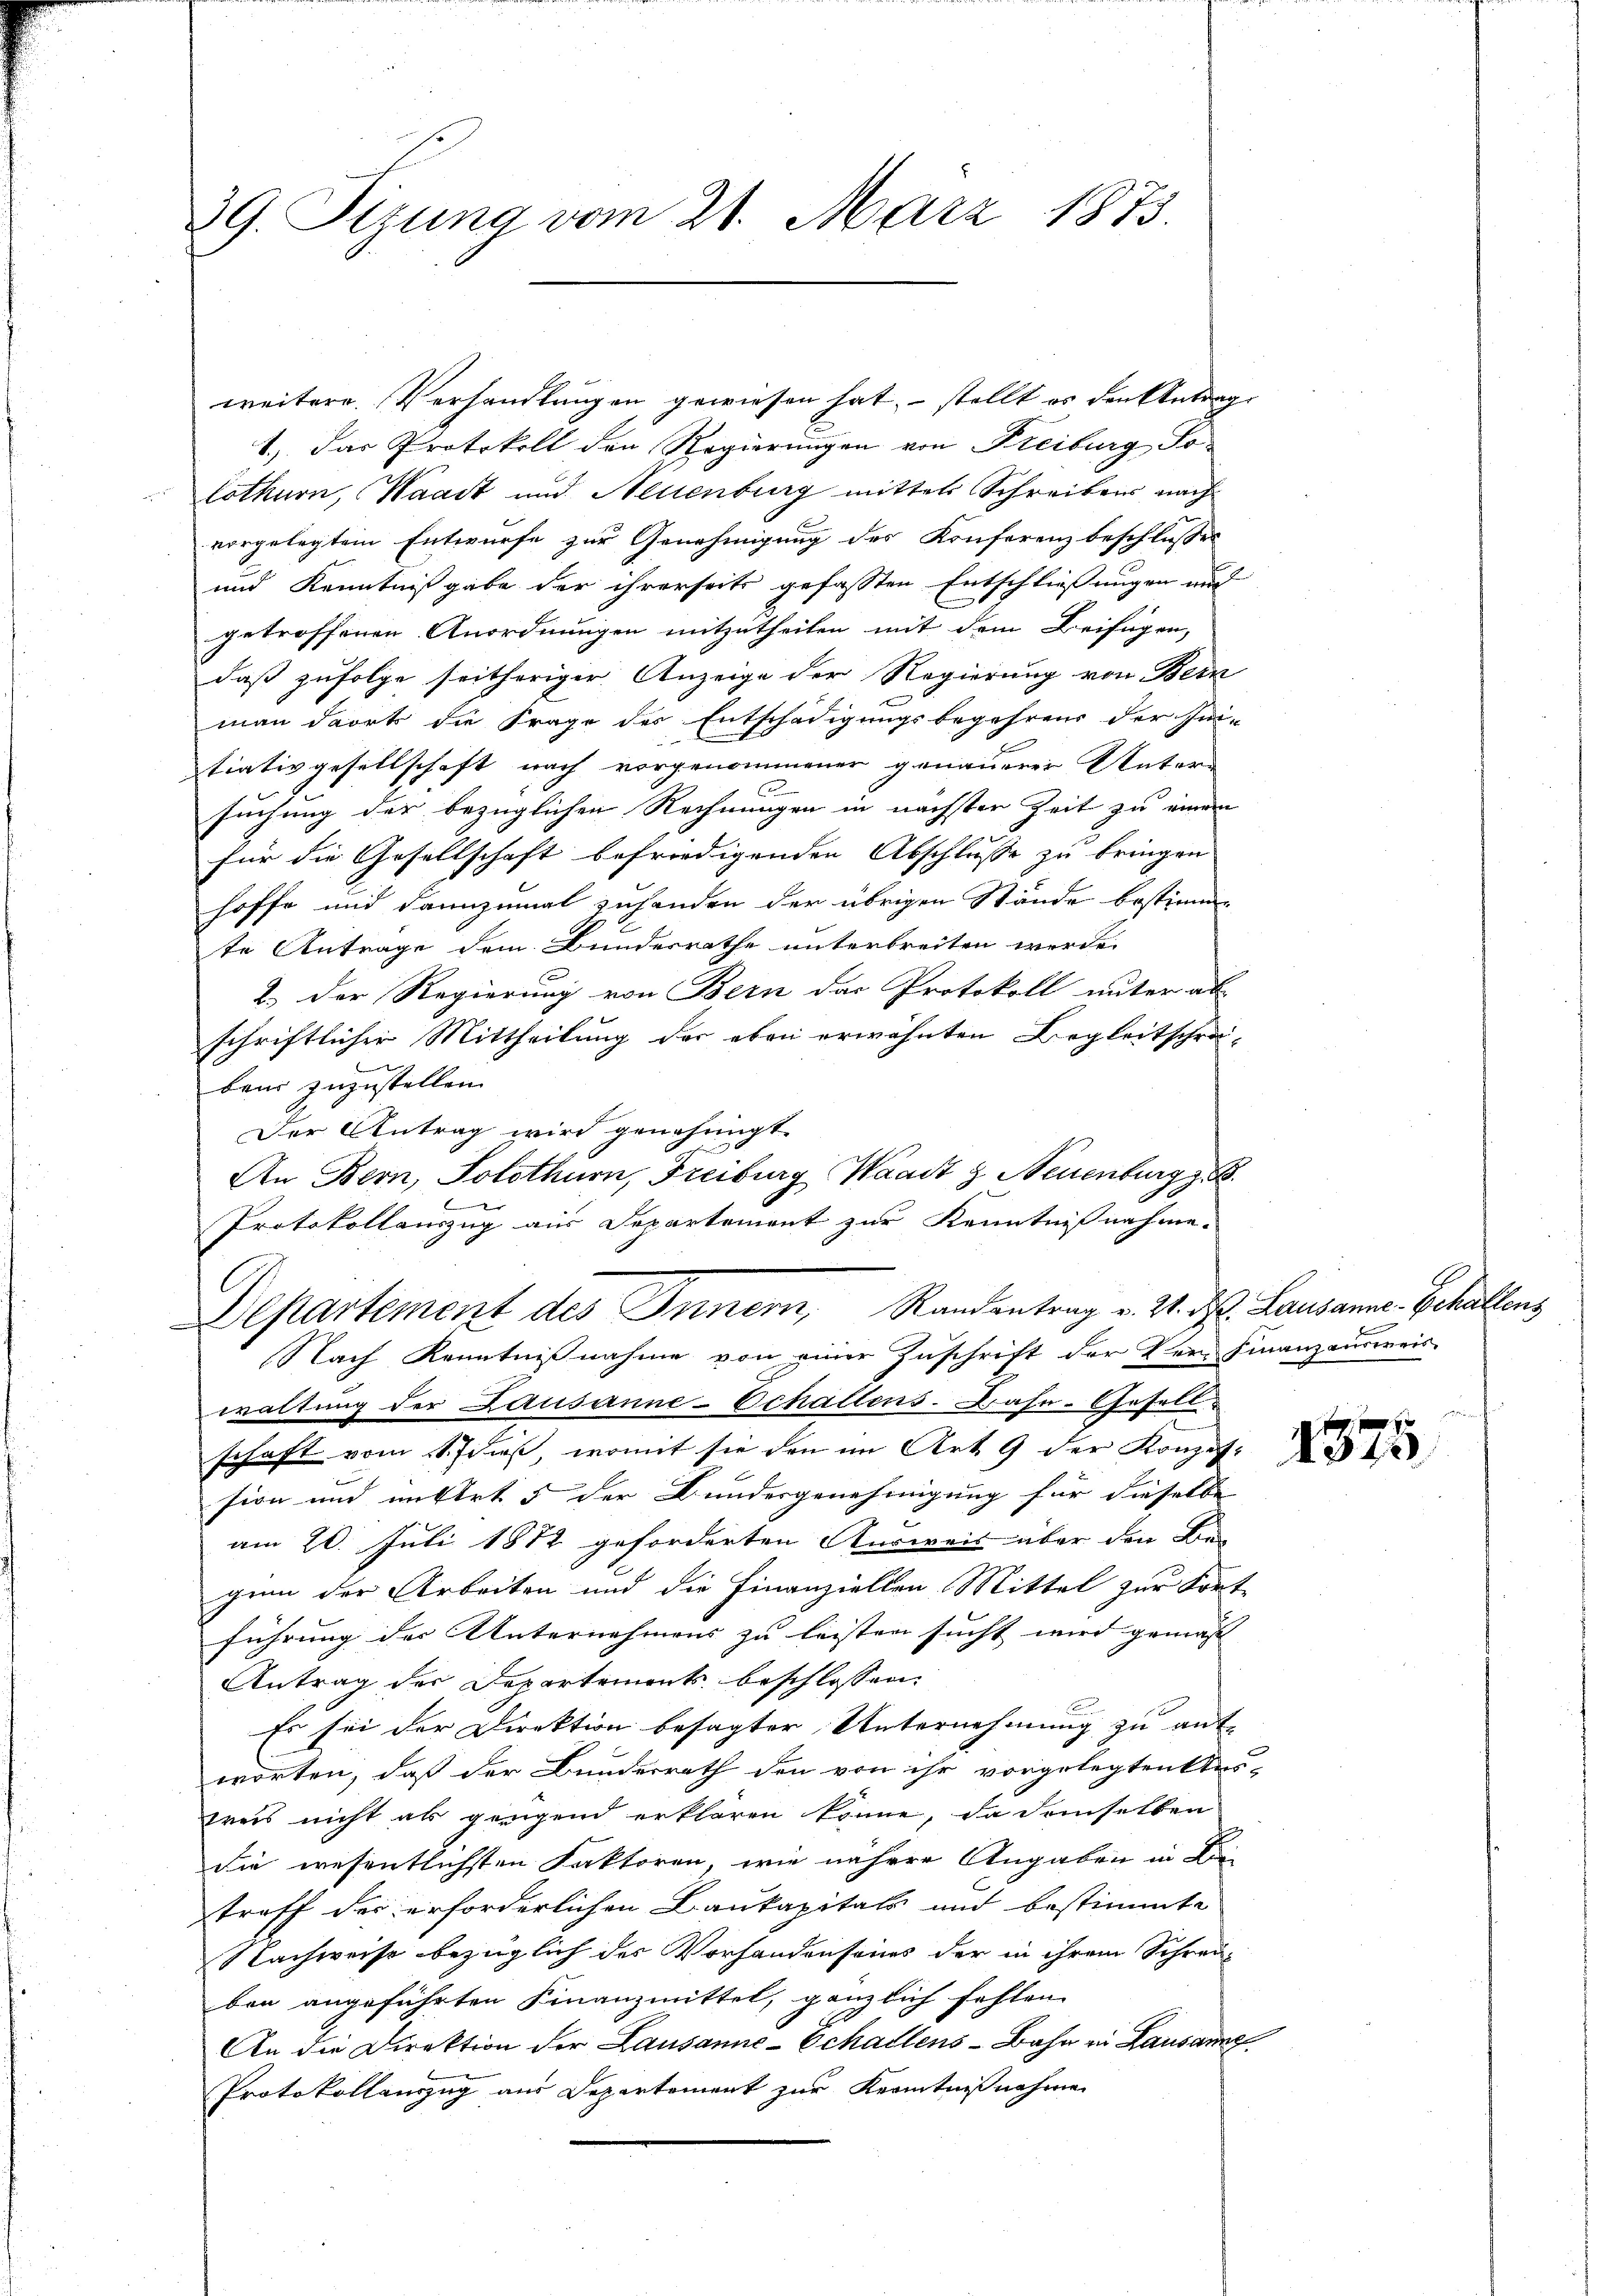
39. Sizung vom 21. März 1873.

weitere Verhandlungen gewiesen hat, – stellt es den Antrag
1.) Das Protokoll den Regierungen von Freiburg Solothurn, Waadt und Neuenburg mittels Schreibens nach
vorgelegtem Entwurfe zur Genehmigung des Konferenz beschlusset
und Kenntnißgabe der ihrerseits gefassten Entschließungen auch
getroffenen Anordnungen mitzutheilen mit dem Beifügen,
daß zufolge seitheriger Anzeige der Regierung von Bern
man dort die Frage des Entschädigungsbegehrens der In-
tiativgesellschaft nach vorgenommener genauerer Unter-
suchung der bezüglichen Rechnungen in nächsten Zeit zu einem
für die Gesellschaft befriedigenden Abschlusse zu bringen
hoffe und dannzumal zuhanden der übrigen Stände bestimme
te Antrage dem Bundesrathe unterbreiten werde.
2.) Der Regierung von Bern das Protokoll unter al
schriftlicher Mittheilung der eben erwähnten Begleitschrei-
baur zuzustellen.
Der Antrag wird genehmigt.
An Bern, Solothurn, Freiburg Waadt z Neuenburg z. B.
.
Protokollauszug aus Departement zur Kenntnißnahme.

Departement des Inner, Randentrag v. 2. d. Lausanne Schalten,
Nach Kenntnißnahme von einer Zuschrift der Ver-Finanzausweis

waltung der Lausanne-Echallens-Bahn-Gesell-
schaft vom 11. Julius, womit sie den im Art. 9 der Konzes.
sion und untert. 5 der Bundesgenehmigung für dieselbe
u
am 20. Juli 1882 geforderten Ausweis über den Bei
gen der Arbeiten und die Finanziellen Mittel zur Fort-
führung der Unternehmens zu leisten sucht wird gemäss |
Antrag der Departements beschlossen.
Er sei der Direktion besagter Unternehmung zu ant-
worten, daß der Bundesrath den von ihr vorgelegten Aus-
preis nicht als gangend erklären könne, da demselben
die wesentlichsten Faktoren, wie nähere Angaben in Kin-
treff der erforderlichen Baukapitals und bestimmte
Nachweise bezüglich der Vorhandenseines der in ihrem Schrei-
ben angeführten Finanzmittel, gänzlich fehlen
An die Direktion der Lausanne-Echallens-Bahn in Lausanne
Protokollanzug aus Departement zur Kenntnißnahme